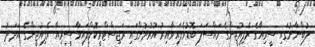
ލުބްނާނުގައި ސީރިއާގެ ރެފިއުޖީންގެ މައްސަލަ ބޮޑުވެފައިވާއިރު އުރުދުންގައި ރަޖިސްޓްރީކޮށްފައިވާ ސީރިއާ ރެފިއުޖީންގެ އަދަދު